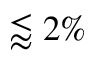
\lessapprox 2 \%